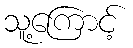
သူ့ကြောင့်